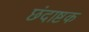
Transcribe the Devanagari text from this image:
छंदाष्टक